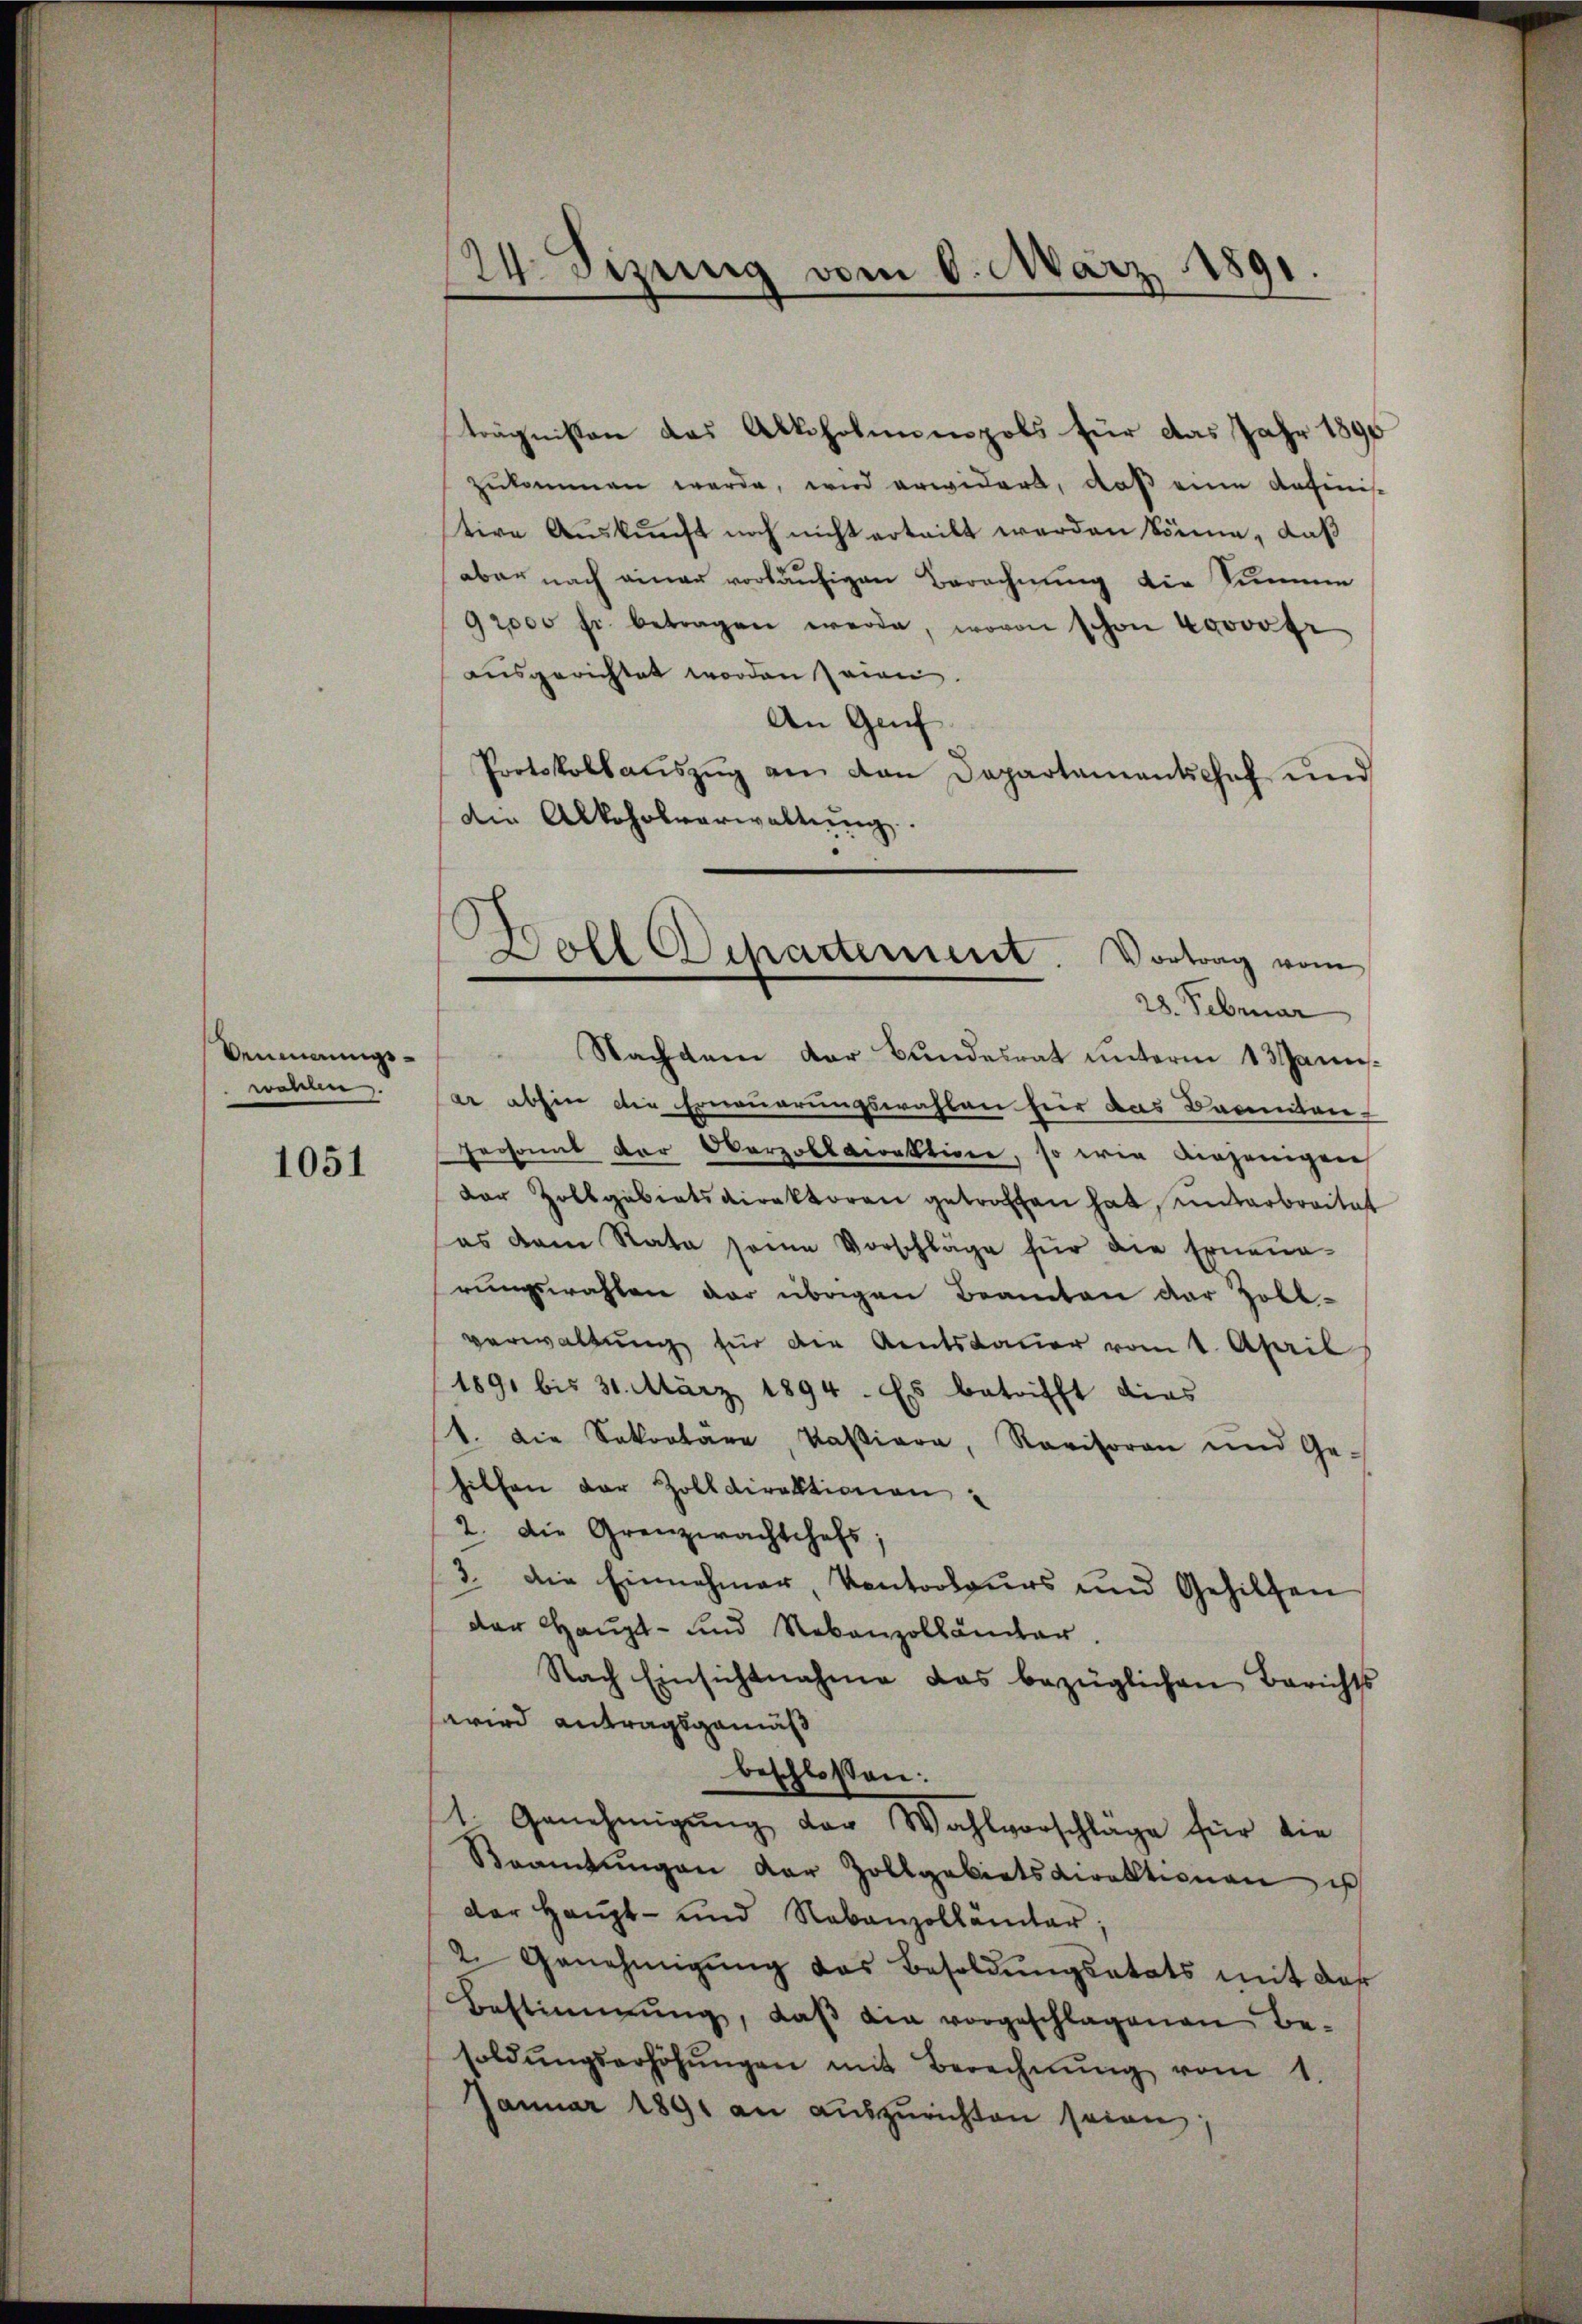
Aermerungswollen.

1051

24. Sizung vom 6. März 1891.

trägnissen das Alkoholennpols für das Jahr 1890
zukommen werde, wird erwidert, daß eine anfinis
tive Auskunft noch nicht erteilt werden könne, daß
aber nach einer vorläufigen Berechnung die Summe
92000 fr. betragen werde, wovon schon 40000fr
ausgerichtet worden seien.
An Genf
Protokollaŭszŭg am von Departamentschef ŭnd
die Alkoholverwaltung.

Boll Departement. Vortrag vom
28. Februar

Nachdem der Bundesrat unterm 13 Janu
ar abhin die Erneuerungswahlen für das Banniten-
Personal der Oberzolldirektione, so wie diejenigen
der Zollgebietsdirektoren getroffen hat, unterbreitet
es dem Rata seine Vorschläge für die Erneue-
rungswahlen der übrigen Beamten der Zoll-
verwaltung für die Amtsdauer vom 1. April
1891 bis 31. März 1894. Es betrifft dies
t. Die Sakootäre, kastiara, Ravisoren und Ge-
hilfen der Zolldirektionen,
2. Die Grenzwachtshofs.
3. die Einnahmer, Kantorteurs und Gehilfen
der Haupt- und Rebenzollämter.
Nach Einsichtnahme das bezüglichen Berichts
wird antragsgemäß
beschlossen:
1. Genehmigŭng der Wahlvorschlage für die
Beamtŭngen der Zollgebietsdirektionen is
der Haupt- und Robanzollämter
2. Genehmigŭng das Besoldŭngsetats mit der
Bestimmung, daβ die vorgeschlagenen Be-
soldŭngserhöhŭngen mit Berechnŭng vom 1.
Januar 1891 an auszurichten seien;